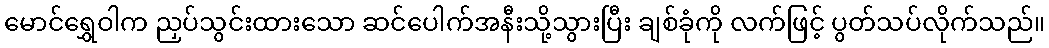
မောင်ရွှေဝါက ညှပ်သွင်းထားသော ဆင်ပေါက်အနီးသို့သွားပြီး ချစ်ခုံကို လက်ဖြင့် ပွတ်သပ်လိုက်သည်။